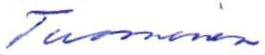
Tuominen